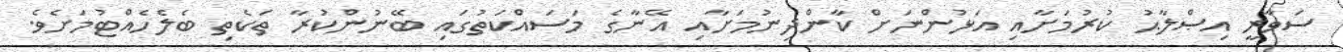
ސަވާރީ އިޞްލާޙު ކުރުމަށާއި އަޅުންނަށް ކާންދިނުމަށާއި އޭނާގެ މަސައްކަތުގައި ބޭނުންކުރާ ތަކެތި ބެލެހެއްޓުމަށެވެ.